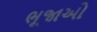
ભૂજાઓ